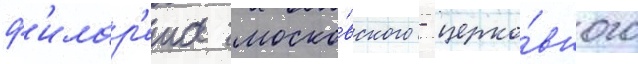
ф'илар'ета моско́вского - церко́вного